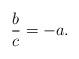
LaTeX: \begin{align*} \frac{b}{c}=-a. \end{align*}